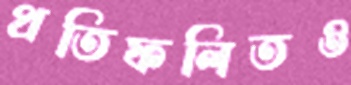
প্রতিফলিতও